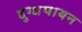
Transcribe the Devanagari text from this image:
दुग्धपायन